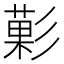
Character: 𭛙